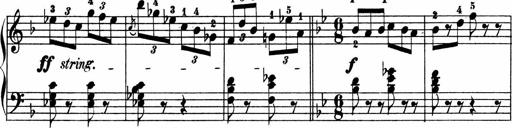
Title: 2 instructive Sonatinen
Composer: Paul Schumacher